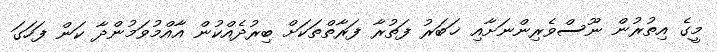
މީގެ އިތުރުން ނޫސްވެރިންނަށާއި ޚަބަރު ފަތުރާ ފަރާތްތަކަށް ބިރުދެއްކުން އާއްމުވަމުންދާ ކަން ފަހަގަ